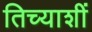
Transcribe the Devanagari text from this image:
तिच्याशीं